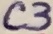
Text: C3